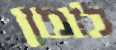
לזמן